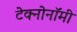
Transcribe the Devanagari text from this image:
टेक्नोनॉमी